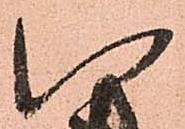
い